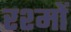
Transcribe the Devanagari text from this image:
रश्मों